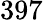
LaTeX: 397